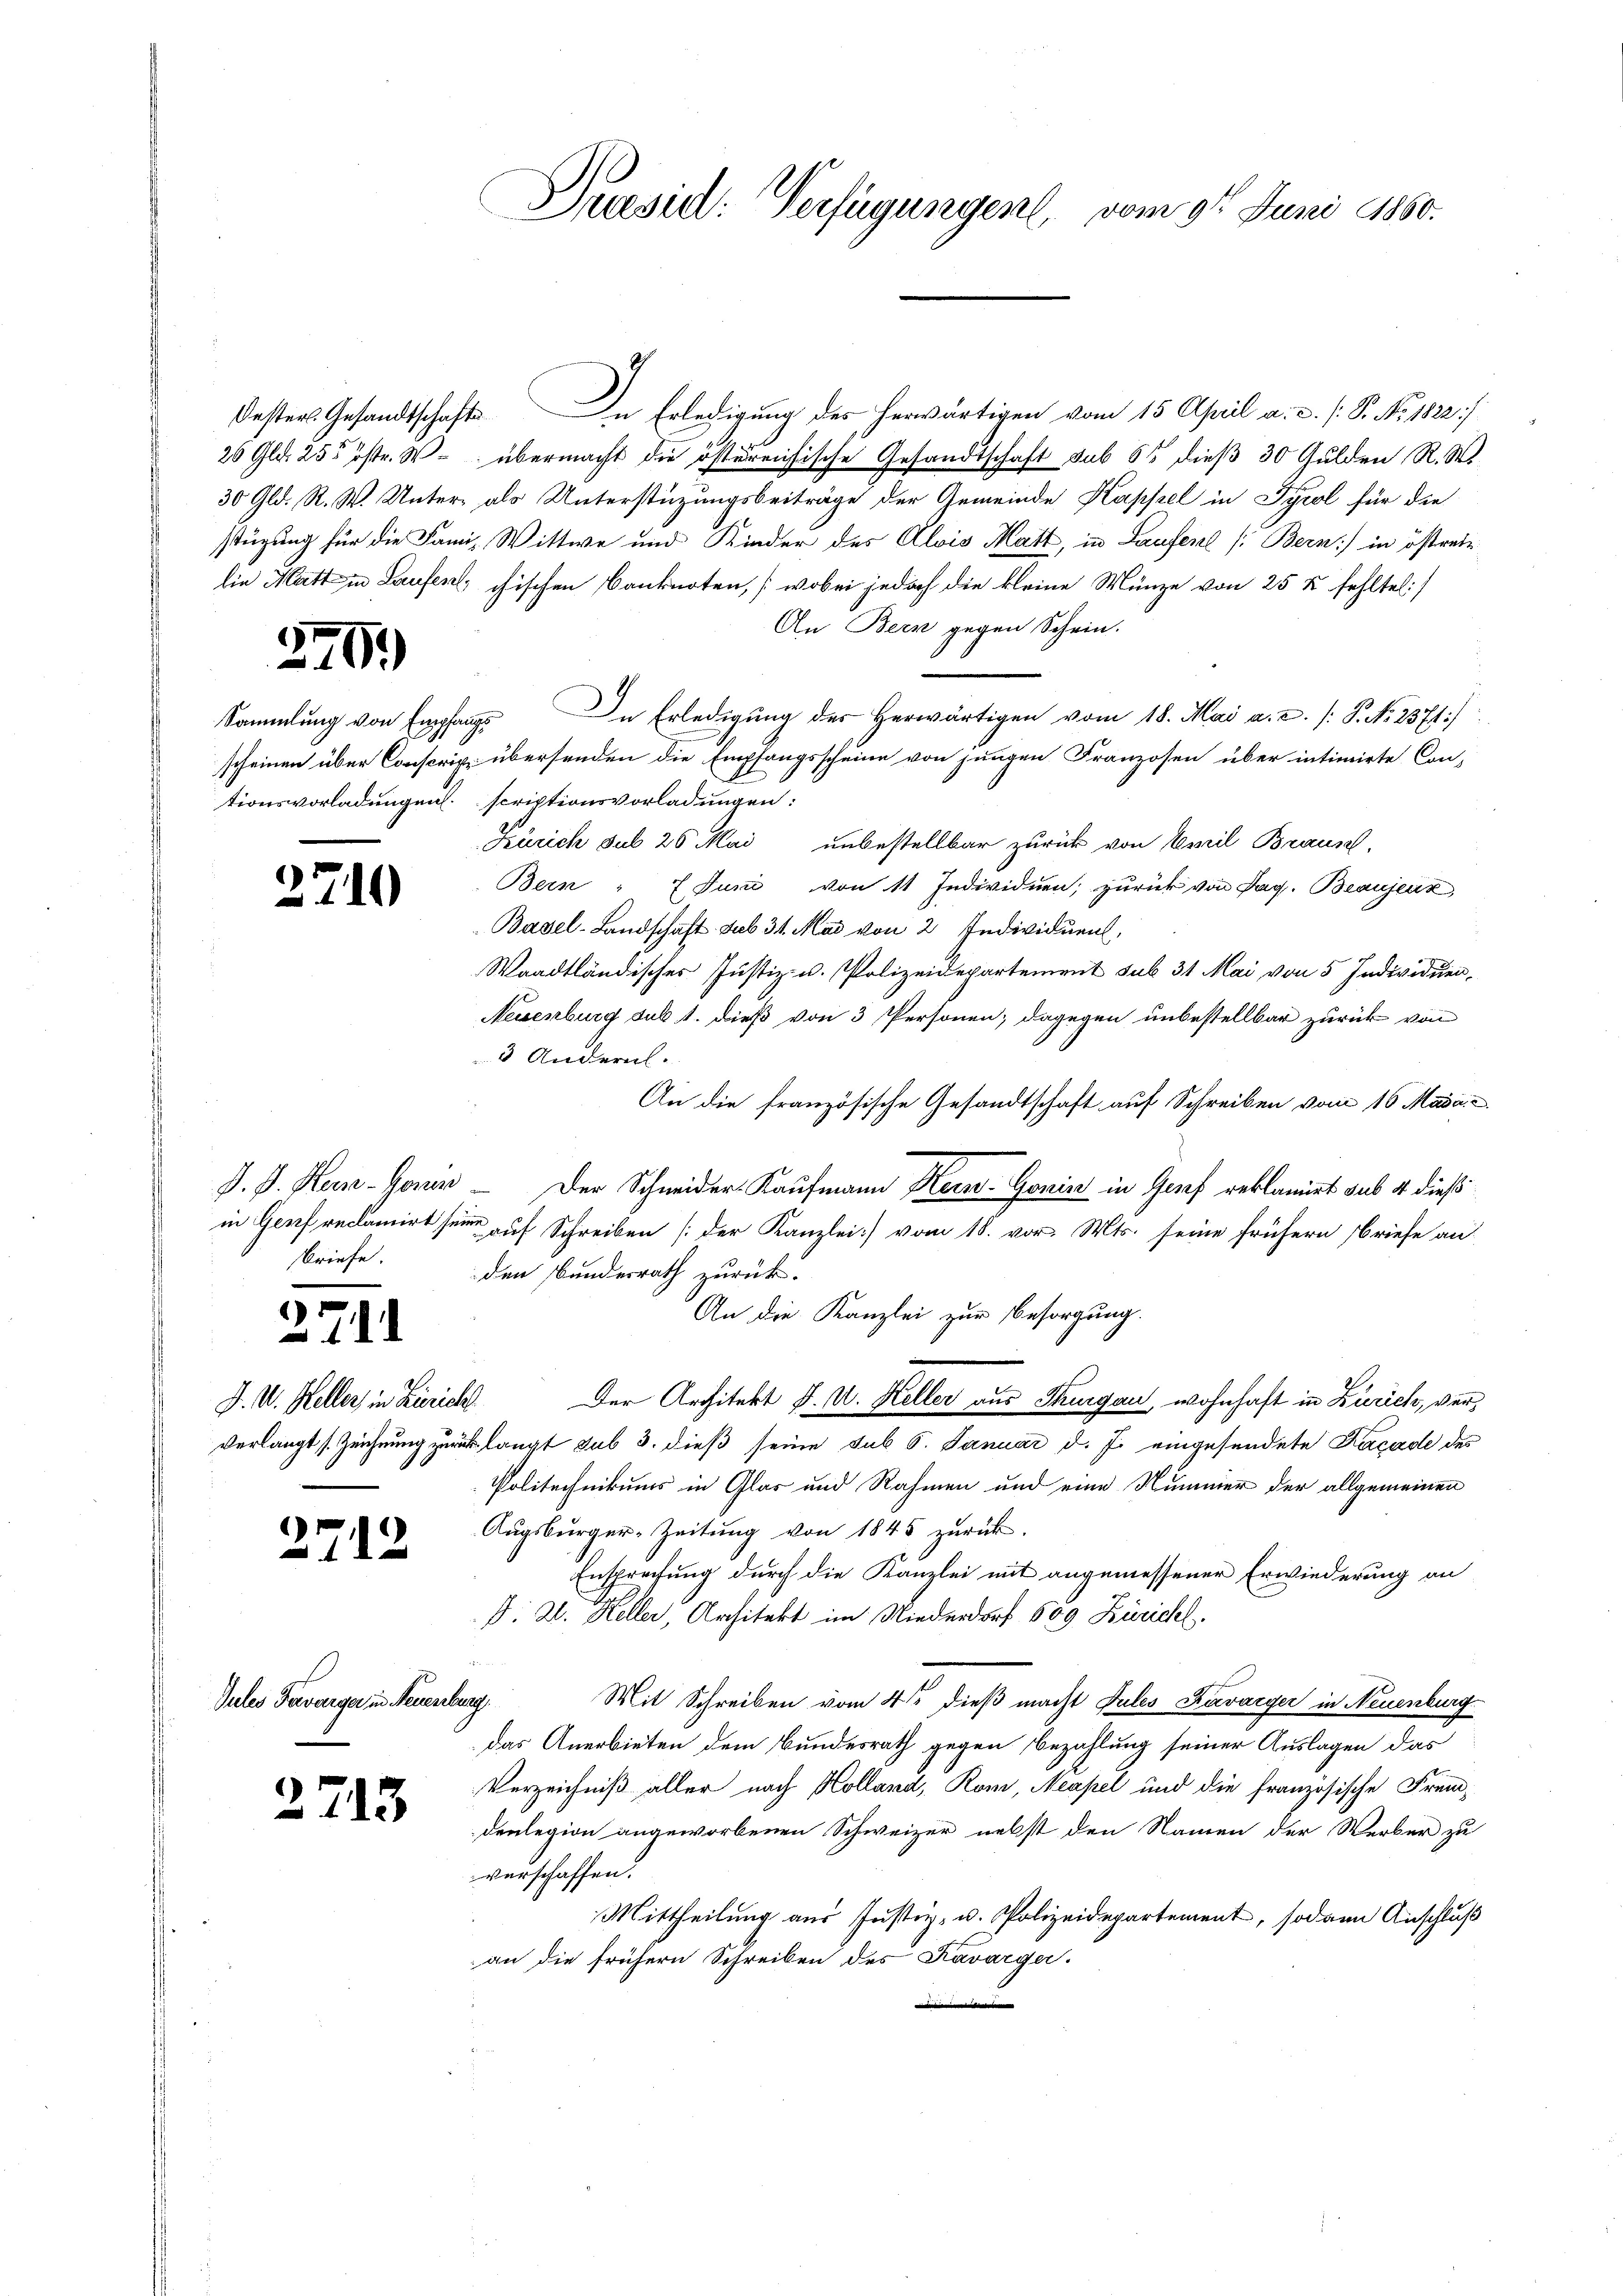
x

3.

791)

J. P. Kern- Gener
briefe.

2711

2

)

J. V. Keller in Zürich

2

Jules Favarger in Neuenburg

2713

Dresiel: Verfügungen, vom 9t Juni 1860.

Oesters Gesandtschaft. In Erledigung des herwärtigen vom 15. April a. c. /: P. No. 1822/
26 Gld. 255 Bstr. W. übermacht die österesische Gesandtschaft sub 65 dieß 30 Gulden R. W.
30 Gld. R. W. Unter als Unterstützungsbeiträge der Gemeinde Kappel in Tyrol für die
stüzung für die Fami, Wittwe und Kinder des Alois Matt, in Laufen (Bern) in östreilie Matt in Laufen, chischen Banknoten, (wobei jedoch die kleine Münze von 25 f fehltel:/
An Bern gegen Schein.
Sammlung von Empfangs In Erledigung der herwärtigen vom 18. Mai a. c. /: P. No. 2371/
scheinen über Conscrip übersenden die Empfangsscheine von jungen Franzosen über intimirte Con-
tionsvorladungen. scriptionsvorladungen:
Zürich sub 20 Mai unbestellbar zurück von Emil Braun,
Bein " E Juni von 11 Individuen; zurück von Pag. Beaujenz,
Basel-Landschaft. sub 31. Mai von 2 Individuen,
Waadtländisches Justiz- u. Polizeidepartement sub 31 Mai von 5 Individuen,
Neuenburg sub 1. dieß von 3 Personen; dagegen unbestellbar zurück von
3 Andern.
An die französische Gesandtschaft auf Schreiben vom 16 Mada
Der Schneider Kaufmann Kern-Gonin in Gosef reklamirt sub 4 dieß
in Genf reclamirt seine auf Schreiben [der Kanzlei] vom 18. vor. Mts. seine frühern Briefe an
den Bundesrath zurück.
An die Kanzlei zur Besorgung.
Der Architekt J. U. Keller aus Thurgau, wohnhaft in Zürich, ververlangt (Zeichnung zurück langt sub 3. dieß seine sub 6. Januar d. J. eingesendete Kacade des
Politechnikums in Glas und Rahmen und eine Nummer der allgemeinen
Augsburger-Zeitung von 1845 zurück.
Ensprechung durch die Kanzlei mit angemessener Erwiederung an
D. 2. Keller, Architekt im Niederdorf 609 Züricht.

Mit Schreiben vom 4ten dieß macht Fules Kavarger in Neuenburg
das Anerbieten dem Bundesrath gegen Bezahlung seiner Auslagen das
Verzeichniß aller nach Kolland, Rom, Meapel und die Französische Fremdenlegion angeworbenen Schweizer nebst den Namen der Werber zu
verschaffen.
Mittheilung aus Justiz- u. Polizeidepartement, sodann Anschluß
an die frühern Schreiben des Kavarger.